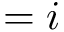
= i